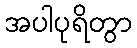
အပါပုရိတွာ